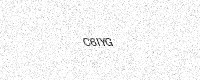
Text: C6IYG